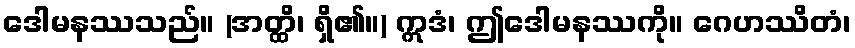
ဒေါမနဿသည်။ (အတ္ထိ၊ ရှိ၏။) ဣဒံ၊ ဤဒေါမနဿကို။ ဂေဟဿိတံ၊